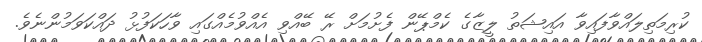
ކުރިމަތިލައްވާފައިވާ އައިޝަތު ލީޒާގެ ކެމްޕޭން ފެށުމަށް ރޭ ބޭއްވި އެއްވުމެއްގައި ވާހަކަފުޅު ދައްކަވަމުންނެވެ.